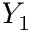
Y _ { 1 }